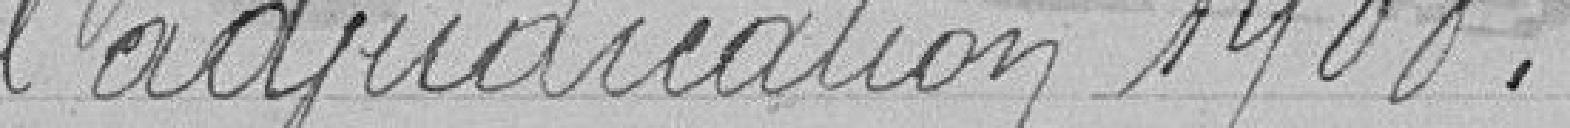
l'adjudication 1908.